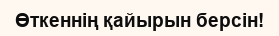
Өткеннің қайырын берсін!